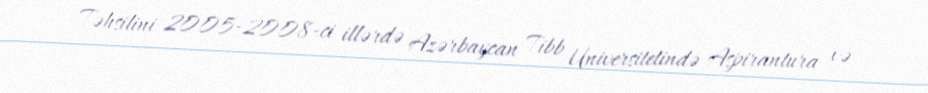
Təhsilini 2005-2008-ci illərdə Azərbaycan Tibb Universitetində Aspirantura və